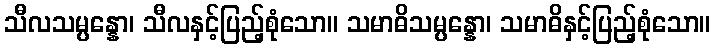
သီလသမ္ပန္နော၊ သီလနှင့်ပြည့်စုံသော။ သမာဓိသမ္ပန္နော၊ သမာဓိနှင့်ပြည့်စုံသော။